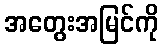
အတွေးအမြင်ကို